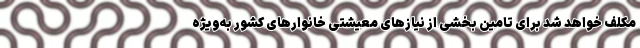
مکلف خواهد شد برای تامین بخشی از نیازهای معیشتی خانوارهای کشور به‌ویژه